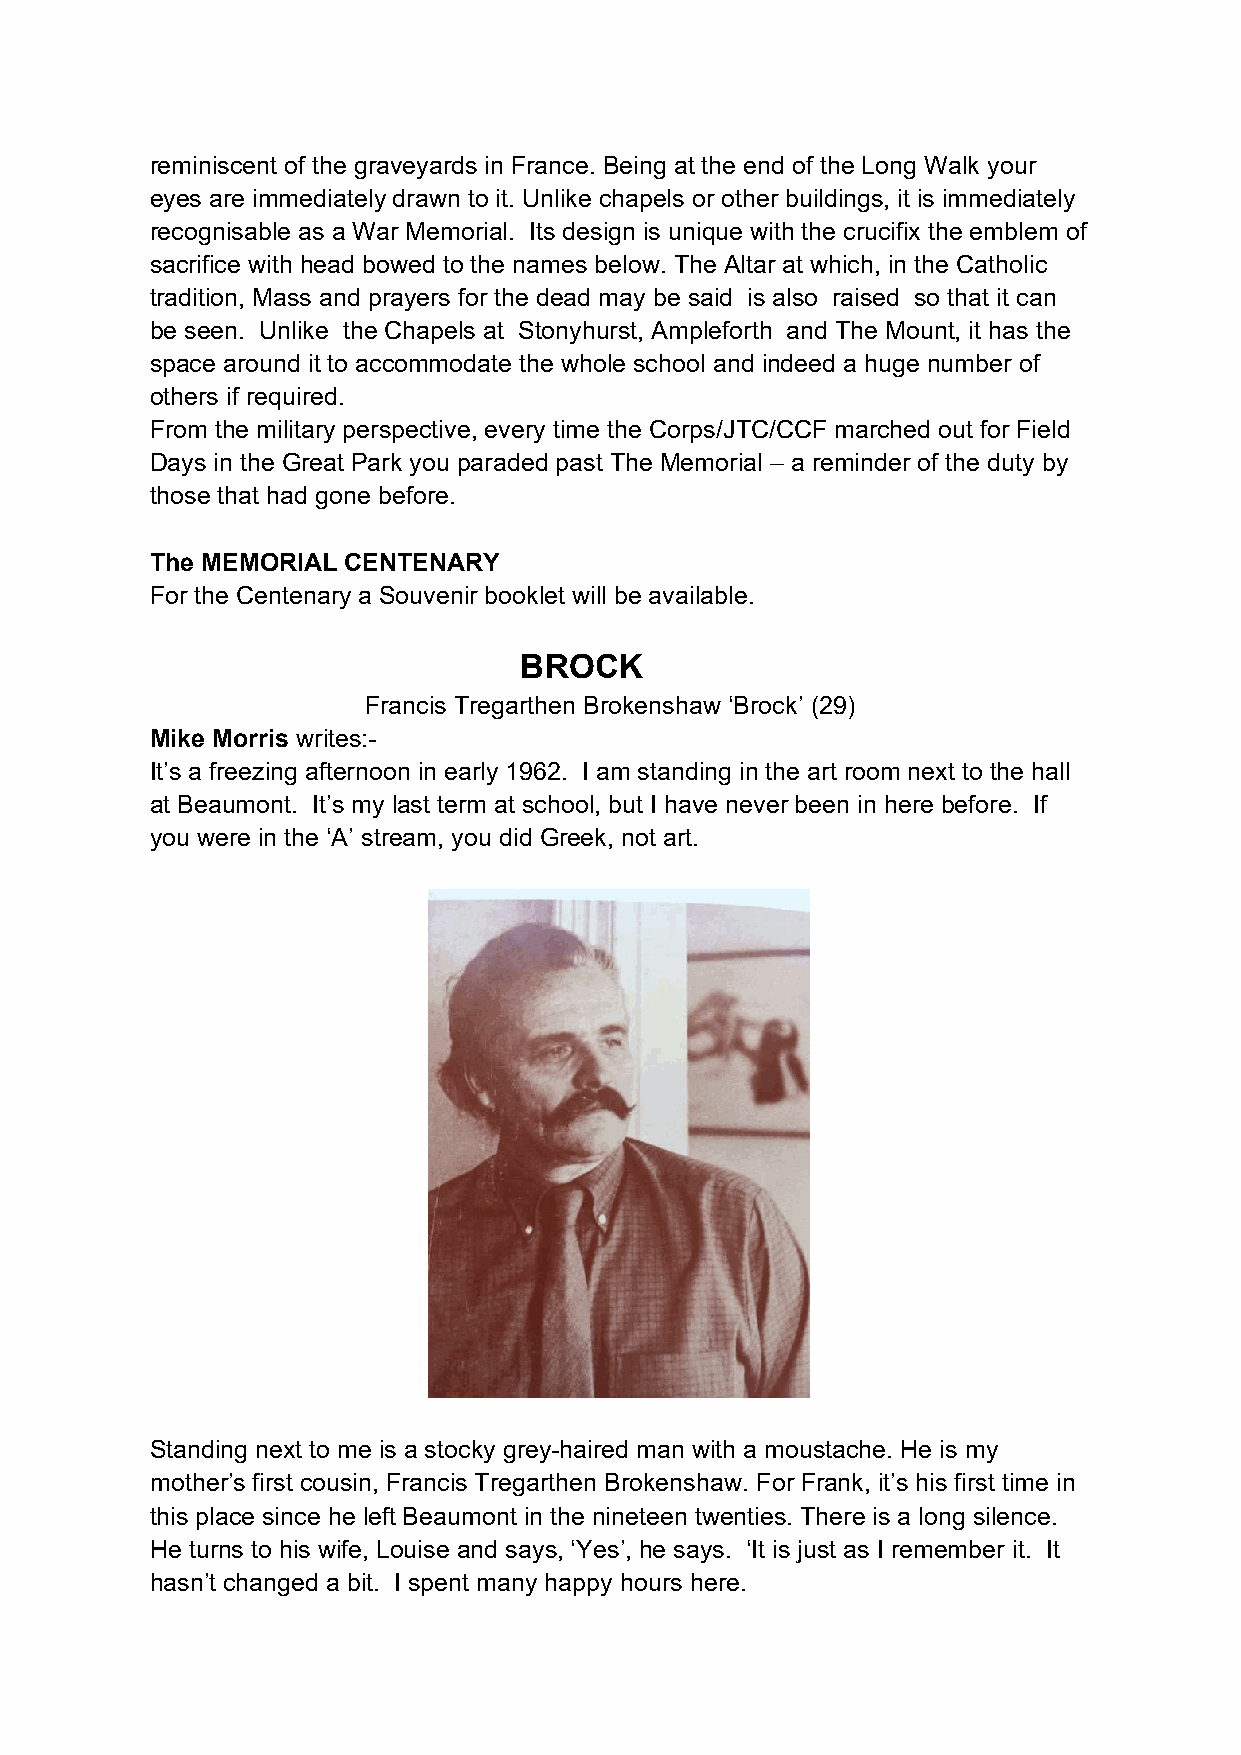
reminiscent of the graveyards in France. Being at the end of the Long Walk your
 eyes are immediately drawn to it. Unlike chapels or other buildings, it is immediately
 recognisable as a War Memorial. Its design is unique with the crucifix the emblem of
 sacrifice with head bowed to the names below. The Altar at which, in the Catholic
 tradition, Mass and prayers for the dead may be said is also raised so that it can
 be seen. Unlike the Chapels at Stonyhurst, Ampleforth and The Mount, it has the
 space around it to accommodate the whole school and indeed a huge number of
 others if required.
 From the military perspective, every time the Corps/JTC/CCF marched out for Field
 Days in the Great Park you paraded past The Memorial – a reminder of the duty by
 those that had gone before.
 The MEMORIAL CENTENARY
 For the Centenary a Souvenir booklet will be available.
 BROCK
 Francis Tregarthen Brokenshaw ‘Brock’ (29)
 Mike Morris writes:-
 It’s a freezing afternoon in early 1962. I am standing in the art room next to the hall
 at Beaumont. It’s my last term at school, but I have never been in here before. If
 you were in the ‘A’ stream, you did Greek, not art.
 Standing next to me is a stocky grey-haired man with a moustache. He is my
 mother’s first cousin, Francis Tregarthen Brokenshaw. For Frank, it’s his first time in
 this place since he left Beaumont in the nineteen twenties. There is a long silence.
 He turns to his wife, Louise and says, ‘Yes’, he says. ‘It is just as I remember it. It
 hasn’t changed a bit. I spent many happy hours here.